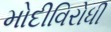
મોદીવિરોધી